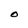
Character: O